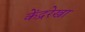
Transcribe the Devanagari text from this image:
केंद्ररेखा